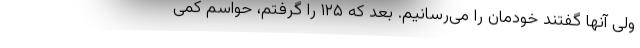
ولی آنها گفتند خودمان را می‌رسانیم. بعد که ۱۲۵ را گرفتم، حواسم کمی